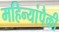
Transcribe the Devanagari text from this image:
महिन्यांपैकी